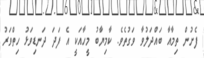
ފެށުން ތިމާއާ ބައްދަލުވާ ވަގުތެވެ. ކާމިޔާބު މީހާއަކީ އެ ފަދަ ދަނޑިވަޅު ހިތްވަރު